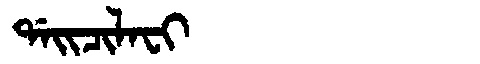
Manchu: ᡩᠠᡳᠴᡳᠯᠠᠸᡳ
Romanization: DAICILAFI